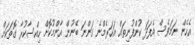
އެހެން ނަމަވެސް އެފަދަ ކުންފުނިތައް އަހަރެމްނެ ގަންނަ ބޭނުން އާންމުކޮށް ހިއްސާކުރާ ގޮތަކަށް